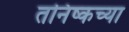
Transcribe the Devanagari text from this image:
तनिष्कच्या